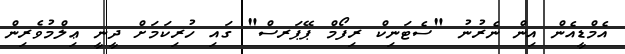
އެމްޑީއެން އިން ނެރުނު "ސެޓަނިކް ރިފޯމް ޕޭޕަރސް" ގައި ހުރިކަމަށް ދީނީ ޢިލްމުވެރިން